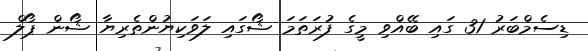
ޑިސެމްބަރު 31 ގައި ބޭއްވި މީގެ ފުރަތަމަ ޝޯގައި ލަވަކިޔުންތެރިޔާ ޝޯން ޕޯލް